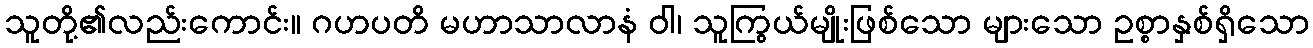
သူတို့၏လည်းကောင်း။ ဂဟပတိ မဟာသာလာနံ ဝါ၊ သူကြွယ်မျိုးဖြစ်သော များသော ဥစ္စာနှစ်ရှိသော